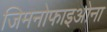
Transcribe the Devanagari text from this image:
जिमनोफाइओना